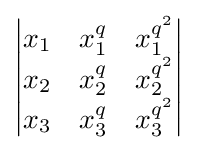
{\begin{vmatrix}x_{1}&x_{1}^{q}&x_{1}^{q^{2}}\\x_{2}&x_{2}^{q}&x_{2}^{q^{2}}\\x_{3}&x_{3}^{q}&x_{3}^{q^{2}}\end{vmatrix}}